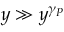
y \gg y ^ { \gamma _ { P } }